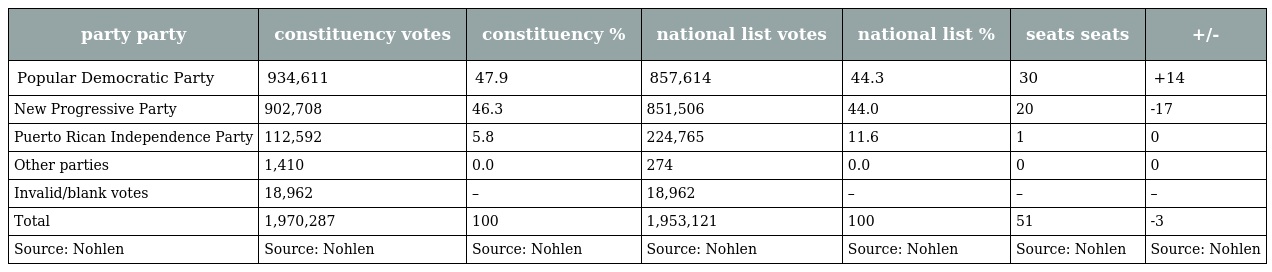
| party party | constituency votes | constituency % | national list votes | national list % | seats seats | +/- |
 | --- | --- | --- | --- | --- | --- | --- |
 | Popular Democratic Party | 934,611 | 47.9 | 857,614 | 44.3 | 30 | +14 |
 | New Progressive Party | 902,708 | 46.3 | 851,506 | 44.0 | 20 | -17 |
 | Puerto Rican Independence Party | 112,592 | 5.8 | 224,765 | 11.6 | 1 | 0 |
 | Other parties | 1,410 | 0.0 | 274 | 0.0 | 0 | 0 |
 | Invalid/blank votes | 18,962 | – | 18,962 | – | – | – |
 | Total | 1,970,287 | 100 | 1,953,121 | 100 | 51 | -3 |
 | Source: Nohlen | Source: Nohlen | Source: Nohlen | Source: Nohlen | Source: Nohlen | Source: Nohlen | Source: Nohlen |